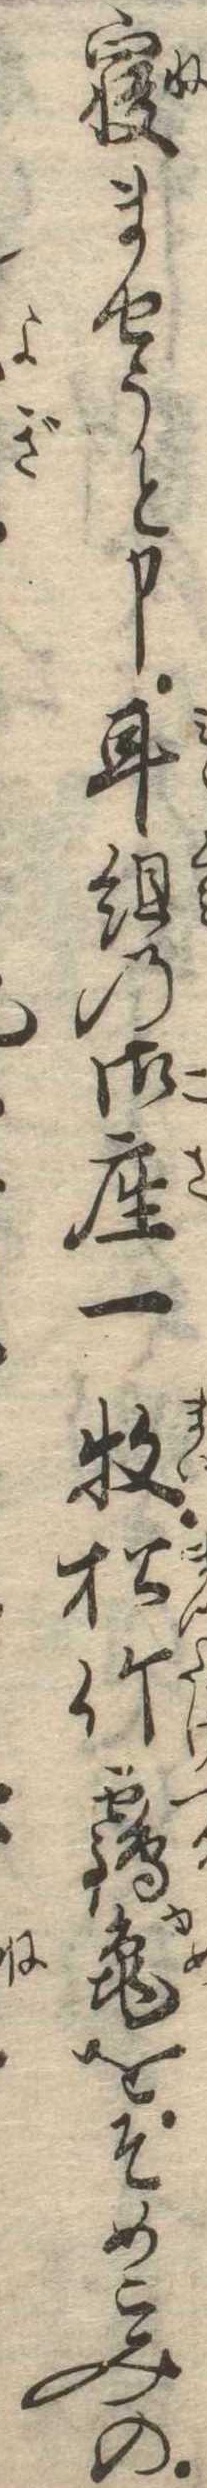
寝ませうと申耳組の御座一枚松竹鶴亀をそめこみの